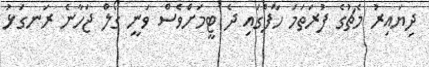
ދިޔައިރު މެޗުގެ ފުރަތަމަ ހާފްގައި ދެ ޓީމަށްވެސް ވަނީ ގޯލް ޖަހާނެ ރަނގަޅު